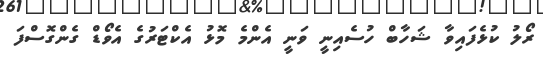
ރޯލު ކުޅެފައިވާ ޝަހާބް ހުސެއިނީ ވަނީ އެންމެ މޮޅު އެކްޓަރުގެ އެވޯޑް ގެންގޮސްފަ